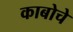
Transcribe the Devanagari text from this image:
काबोचे